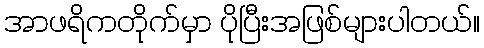
အာဖရိကတိုက်မှာ ပိုပြီးအဖြစ်များပါတယ်။